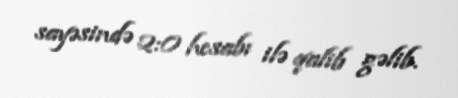
sayəsində 2:0 hesabı ilə qalib gəlib.